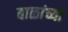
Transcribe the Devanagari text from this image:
बाळांच्या